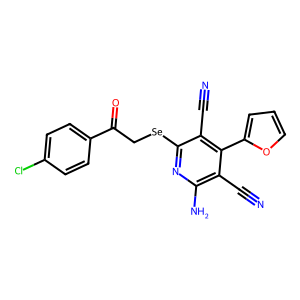
SMILES: N#Cc1c(N)nc([Se]CC(=O)c2ccc(Cl)cc2)c(C#N)c1-c1ccco1
Inhibits HIV replication: No